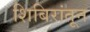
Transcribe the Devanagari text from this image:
शिबिरांतून